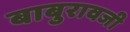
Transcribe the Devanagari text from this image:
बाबुरावजी